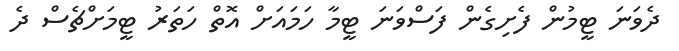
ދެވަނަ ޓީމުން ފެށިގެން ފަސްވަނަ ޓީމާ ހަމައަށް އޮތް ހަތަރު ޓީމަށްޗެސް ދެ